Punjab Mental Hospital Lahore 1932-46 - 1932-1946
Year: 1932
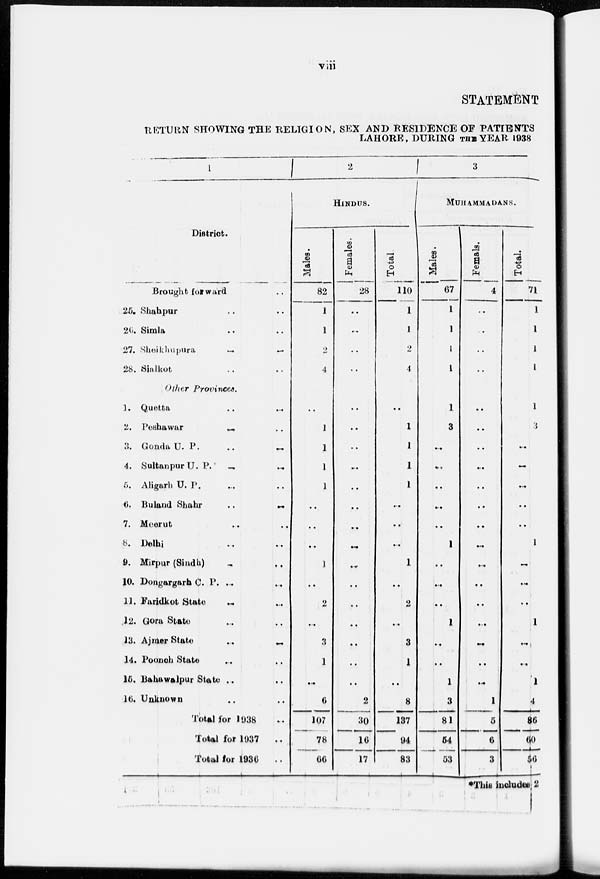
viii
STATEMENT
RETURN SHOWING THE RELIGION, SEX AND RESIDENCE OF PATIENTS
LAHORE, DURING THE YEAR 1938
1
District.
Brought forward ..
25. Shahpur .. ..
26. Simla .. ..
27. Sheikhupura .. ..
28. Sialkot. .. ..
Other Provinces.
1. Quetta .. ..
2. Peshawar
..
..
3. Gonda U. P. .. ..
4. Sultanpur U. P. .. ..
5. Aligarh U. P. .. ..
6. Buland Shahr
..
..
7. Meerut .. ..
8. Delhi .. ..
9. Mirpur (Sindh) .. ..
10. Dongargarh C. P. ... ...
11. Faridkot Statu .. ..
12. Gora State .. ..
13. Ajmer State
.. ..
14. Poonch State .. ..
15. Bahawalpur State ..
16. Unknown .. ..
Total for 1938 ..
Total for 1937
..
Total for 1936 ..
2
HINDUS.
Males.
82
1
1
2
4
..
1
1
1
1
..
..
..
1
..
2
..
3
1
..
6
107
78
66
Females.
28
..
..
..
..
..
..
..
..
..
..
..
..
..
..
..
..
..
..
..
2
30
16
17
Total
110
1
1
2
4
..
1
1
1
1
..
..
..
1
..
2
..
3
1
..
8
137
94
83
3
MUHAMMADANS.
Males.
67
1
1
1
1
1
3
..
..
..
..
..
1
..
...
..
1
..
..
1
3
81
54
53
Females.
4
..
..
..
..
..
..
..
..
..
..
..
..
..
..
..
..
..
..
..
1
5
6
3
Total.
71
1
1
1
1
1
3
..
..
..
..
..
1
..
..
..
1
..
..
1
4
86
60
56
*This includes 2